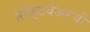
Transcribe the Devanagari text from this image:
सॉफ़्टवेअरची